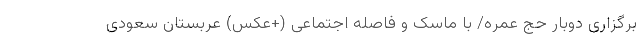
برگزاری دوبار حج عمره/ با ماسک و فاصله اجتماعی (+عکس) عربستان سعودی